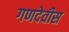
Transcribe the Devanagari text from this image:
गणदेवीस